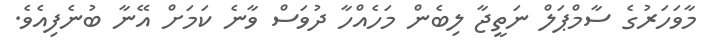
މާވަހަރުގެ ސާމްޕަލް ނަތީޖާ ލިބެން މަހެއްހާ ދުވަސް ވާނެ ކަމަށް އޭނާ ބުނެފިއެވެ.